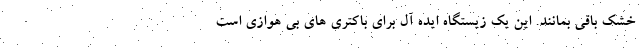
خشک باقی بمانند. این یک زیستگاه ایده آل برای باکتری های بی هوازی است